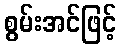
စွမ်းအင်ဖြင့်